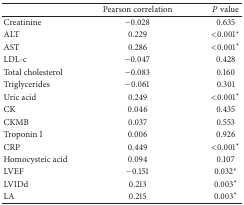
|  | Pearson correlation | P value |
 | --- | --- | --- |
 | Creatinine | −0.028 | 0.635 |
 | ALT | 0.229 | <0.001* |
 | AST | 0.286 | <0.001* |
 | LDL-c | −0.047 | 0.428 |
 | Total cholesterol | −0.083 | 0.160 |
 | Triglycerides | −0.061 | 0.301 |
 | Uric acid | 0.249 | <0.001* |
 | CK | 0.046 | 0.435 |
 | CKMB | 0.037 | 0.553 |
 | Troponin I | 0.006 | 0.926 |
 | CRP | 0.449 | <0.001* |
 | Homocysteic acid | 0.094 | 0.107 |
 | LVEF | −0.151 | 0.032* |
 | LVIDd | 0.213 | 0.003* |
 | LA | 0.215 | 0.003* |